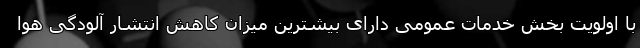
با اولویت بخش خدمات عمومی دارای بیشترین میزان کاهش انتشار آلودگی هوا